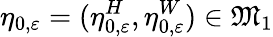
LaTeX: \eta_{0,\varepsilon}=(\eta_{0,\varepsilon}^{H},\eta_{0,\varepsilon}^{W})\in\mathfrak{M}_{1}